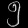
Digit: ၅